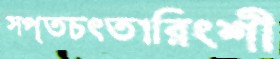
সপ্তচত্ত্বারিংশী